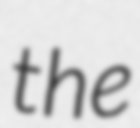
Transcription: the